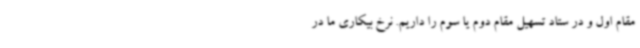
مقام اول و در ستاد تسهیل مقام دوم یا سوم را داریم. نرخ بیکاری ما در